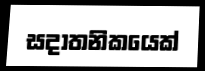
සදාතනිකයෙක්